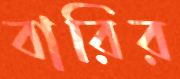
বারির